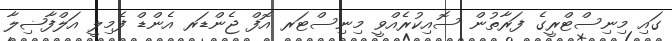
ގައި މިނިސްޓްރީގެ ފަރާތުން ސޮއިކުރެއްވީ މިނިސްޓަރ އޮފް ޖެންޑަރ އެންޑް ފެމިލީ އަލްފާޟިލާ